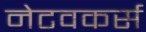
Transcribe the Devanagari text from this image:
नेटवकर्स